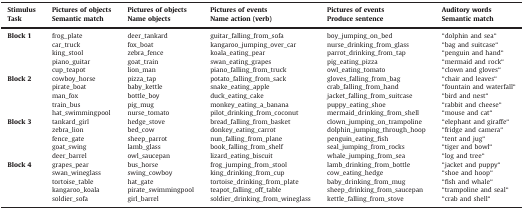
<table><thead><tr><td><b>Stimulus</b></td><td><b>Pictures of objects</b></td><td><b>Pictures of objects</b></td><td><b>Pictures of events</b></td><td><b>Pictures of events</b></td><td><b>Auditory words</b></td></tr></thead><tbody><tr><td><b>Task</b></td><td><b>Semantic match</b></td><td><b>Name objects</b></td><td><b>Name action (verb)</b></td><td><b>Produce sentence</b></td><td><b>Semantic match</b></td></tr><tr><td><b>Block 1</b></td><td>frog_plate</td><td>deer_tankard</td><td>guitar_falling_from_sofa</td><td>boy_jumping_on_bed</td><td>“dolphin and sea“</td></tr><tr><td>car_truck</td><td>fox_boat</td><td>kangaroo_jumping_over_car</td><td>nurse_drinking_from_glass</td><td>“bag and suitcase“</td></tr><tr><td>king_stool</td><td>zebra_fence</td><td>koala_eating_pear</td><td>parrot_drinking_from_tap</td><td>“penguin and hand“</td></tr><tr><td>piano_guitar</td><td>goat_train</td><td>swan_eating_grapes</td><td>pig_eating_pizza</td><td>“mermaid and rock“</td></tr><tr><td>cup_teapot</td><td>lion_man</td><td>piano_falling_from_truck</td><td>owl_eating_tomato</td><td>“clown and gloves“</td></tr><tr><td><b>Block 2</b></td><td>cowboy_horse</td><td>pizza_tap</td><td>potato_falling_from_sack</td><td>gloves_falling_from_bag</td><td>“chair and leaves“</td></tr><tr><td>pirate_boat</td><td>baby_kettle</td><td>snake_eating_apple</td><td>crab_falling_from_hand</td><td>“fountain and waterfall“</td></tr><tr><td>man_fox</td><td>bottle_boy</td><td>duck_eating_cake</td><td>jacket_falling_from_suitcase</td><td>“bird and nest“</td></tr><tr><td>train_bus</td><td>pig_mug</td><td>monkey_eating_a_banana</td><td>puppy_eating_shoe</td><td>“rabbit and cheese“</td></tr><tr><td>hat_swimmingpool</td><td>nurse_tomato</td><td>pilot_drinking_from_coconut</td><td>mermaid_drinking_from_shell</td><td>“mouse and cat“</td></tr><tr><td><b>Block 3</b></td><td>tankard_girl</td><td>hedge_stove</td><td>bread_falling_from_basket</td><td>clown_jumping_on_trampoline</td><td>“elephant and giraffe“</td></tr><tr><td>zebra_lion</td><td>bed_cow</td><td>donkey_eating_carrot</td><td>dolphin_jumping_through_hoop</td><td>“fridge and camera“</td></tr><tr><td>fence_gate</td><td>sheep_parrot</td><td>nun_falling_from_plane</td><td>penguin_eating_fish</td><td>“tent and jug“</td></tr><tr><td>goat_swing</td><td>lamb_glass</td><td>book_falling_from_shelf</td><td>seal_jumping_from_rocks</td><td>“tiger and bowl“</td></tr><tr><td>deer_barrel</td><td>owl_saucepan</td><td>lizard_eating_biscuit</td><td>whale_jumping_from_sea</td><td>“log and tree“</td></tr><tr><td><b>Block 4</b></td><td>grapes_pear</td><td>bus_horse</td><td>frog_jumping_from_stool</td><td>lamb_drinking_from_bottle</td><td>“jacket and puppy“</td></tr><tr><td>swan_wineglass</td><td>swing_cowboy</td><td>king_drinking_from_cup</td><td>cow_eating_hedge</td><td>“shoe and hoop“</td></tr><tr><td>tortoise_table</td><td>hat_gate</td><td>tortoise_drinking_from_plate</td><td>baby_drinking_from_mug</td><td>“fish and whale“</td></tr><tr><td>kangaroo_koala</td><td>pirate_swimmingpool</td><td>teapot_falling_off_table</td><td>sheep_drinking_from_saucepan</td><td>“trampoline and seal“</td></tr><tr><td>soldier_sofa</td><td>girl_barrel</td><td>soldier_drinking_from_wineglass</td><td>kettle_falling_from_stove</td><td>“crab and shell“</td></tr></tbody></table>